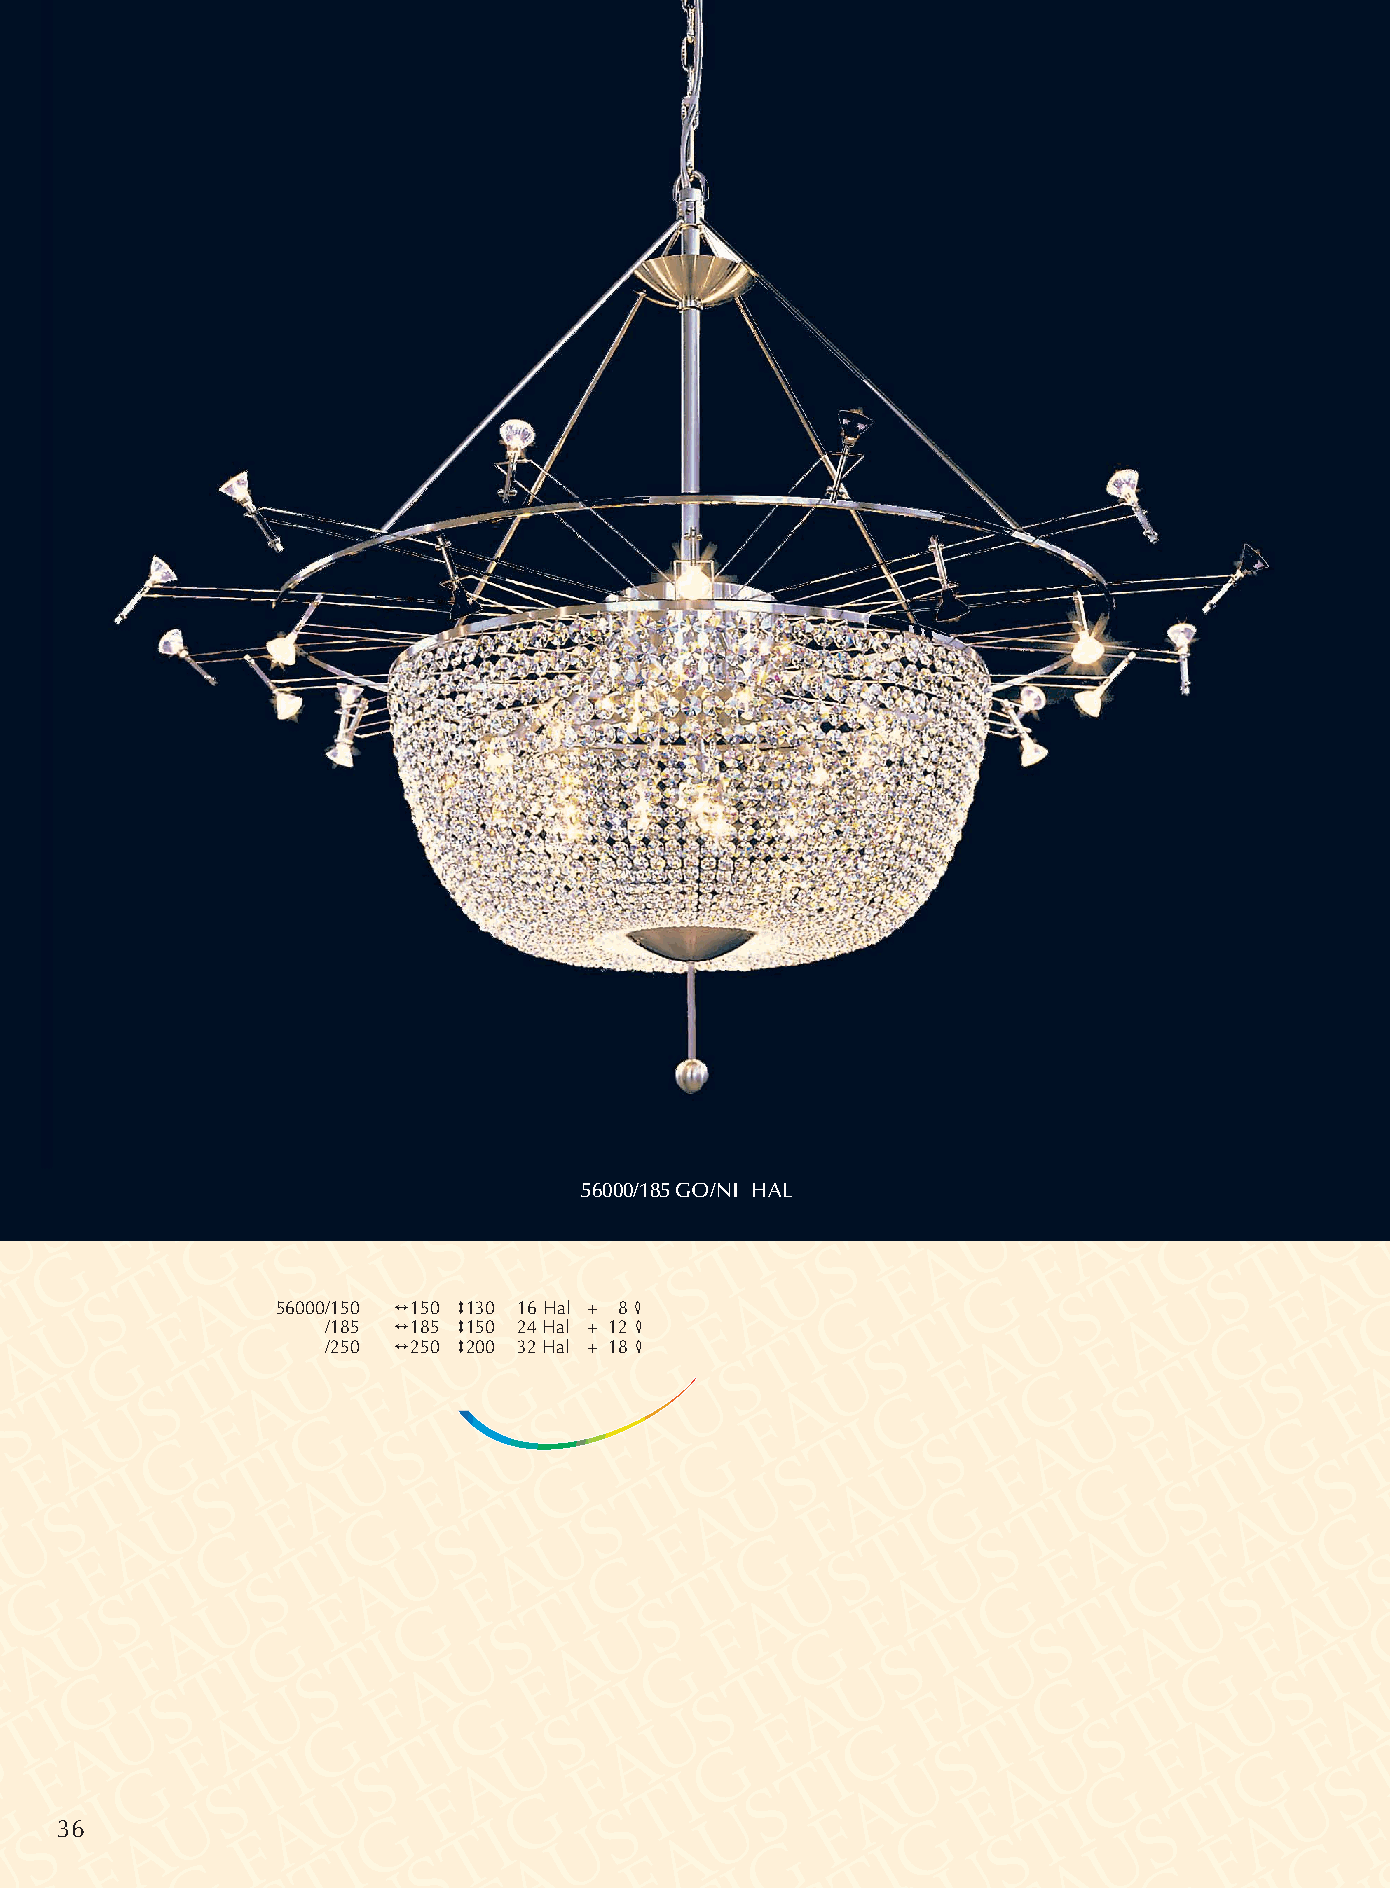
56000/185 GO/NI HAL
 56000/150 2150 3130 16 Hal + 8 4
 /185 2185 3150 24 Hal + 12 4
 /250 2250 3200 32 Hal + 18 4
 36